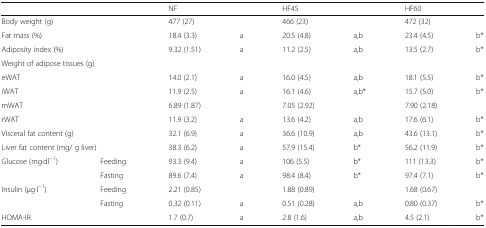
<table><thead><tr><td colspan="2"></td><td colspan="2"><b>NF</b></td><td colspan="2"><b>HF45</b></td><td colspan="2"><b>HF60</b></td></tr></thead><tbody><tr><td colspan="2">Body weight (g)</td><td>477 (27)</td><td></td><td>466 (23)</td><td></td><td>472 (32)</td><td></td></tr><tr><td colspan="2">Fat mass (%)</td><td>18.4 (3.3)</td><td>a</td><td>20.5 (4.8)</td><td>a,b</td><td>23.4 (4.5)</td><td>b*</td></tr><tr><td colspan="2">Adiposity index (%)</td><td>9.32 (1.51)</td><td>a</td><td>11.2 (2.5)</td><td>a,b</td><td>13.5 (2.7)</td><td>b*</td></tr><tr><td colspan="2">Weight of adipose tissues (g)</td><td></td><td></td><td></td><td></td><td></td><td></td></tr><tr><td colspan="2">eWAT</td><td>14.0 (2.1)</td><td>a</td><td>16.0 (4.5)</td><td>a,b</td><td>18.1 (5.5)</td><td>b*</td></tr><tr><td colspan="2">iWAT</td><td>11.9 (2.5)</td><td>a</td><td>16.1 (4.6)</td><td>a,b*</td><td>15.7 (5.0)</td><td>b*</td></tr><tr><td colspan="2">mWAT</td><td>6.89 (1.87)</td><td></td><td>7.05 (2.92)</td><td></td><td>7.90 (2.18)</td><td></td></tr><tr><td colspan="2">rWAT</td><td>11.9 (3.2)</td><td>a</td><td>13.6 (4.2)</td><td>a,b</td><td>17.6 (6.1)</td><td>b*</td></tr><tr><td colspan="2">Visceral fat content (g)</td><td>32.1 (6.9)</td><td>a</td><td>36.6 (10.9)</td><td>a,b</td><td>43.6 (13.1)</td><td>b*</td></tr><tr><td colspan="2">Liver fat content (mg/ g liver)</td><td>38.3 (6.2)</td><td>a</td><td>57.9 (15.4)</td><td>b*</td><td>56.2 (11.9)</td><td>b*</td></tr><tr><td rowspan="2">Glucose (mg·dl<sup>−1</sup>)</td><td>Feeding</td><td>93.3 (9.4)</td><td>a</td><td>106 (5.5)</td><td>b*</td><td>111 (13.3)</td><td>b*</td></tr><tr><td>Fasting</td><td>89.6 (7.4)</td><td>a</td><td>98.4 (8.4)</td><td>b*</td><td>97.4 (7.1)</td><td>b*</td></tr><tr><td rowspan="2">Insulin (μg·l<sup>−1</sup>)</td><td>Feeding</td><td>2.21 (0.85)</td><td></td><td>1.88 (0.89)</td><td></td><td>1.68 (0.67)</td><td></td></tr><tr><td>Fasting</td><td>0.32 (0.11)</td><td>a</td><td>0.51 (0.28)</td><td>a,b</td><td>0.80 (0.37)</td><td>b*</td></tr><tr><td colspan="2">HOMA-IR</td><td>1.7 (0.7)</td><td>a</td><td>2.8 (1.6)</td><td>a,b</td><td>4.5 (2.1)</td><td>b*</td></tr></tbody></table>